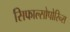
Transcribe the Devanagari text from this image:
सिफाल्सोपोरिन्स